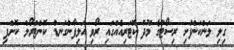
ގިލި ލަންކަންފުށި ރިސޯޓުގެ މޫދު ކޮޓަރިއެއްގައި ރޯވި އަލިފާންގަނޑު ކޮންޓްރޯލް ކޮށްފި